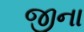
જીના